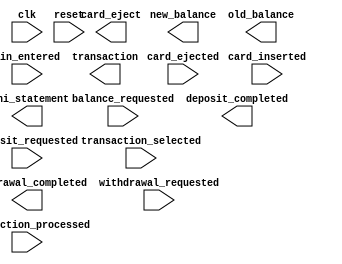
// Copyright (C) 2018  Intel Corporation. All rights reserved.
// Your use of Intel Corporation's design tools, logic functions 
// and other software and tools, and its AMPP partner logic 
// functions, and any output files from any of the foregoing 
// (including device programming or simulation files), and any 
// associated documentation or information are expressly subject 
// to the terms and conditions of the Intel Program License 
// Subscription Agreement, the Intel Quartus Prime License Agreement,
// the Intel FPGA IP License Agreement, or other applicable license
// agreement, including, without limitation, that your use is for
// the sole purpose of programming logic devices manufactured by
// Intel and sold by Intel or its authorized distributors.  Please
// refer to the applicable agreement for further details.

module ATM_Controller
(
// {ALTERA_ARGS_BEGIN} DO NOT REMOVE THIS LINE!

	balance_requested,
	card_eject,
	card_ejected,
	card_inserted,
	clk,
	deposit_completed,
	deposit_requested,
	mini_statement,
	new_balance,
	old_balance,
	pin_entered,
	reset,
	transaction,
	transaction_processed,
	transaction_selected,
	withdrawal_completed,
	withdrawal_requested
// {ALTERA_ARGS_END} DO NOT REMOVE THIS LINE!

);

// {ALTERA_IO_BEGIN} DO NOT REMOVE THIS LINE!
input			balance_requested;
output			card_eject;
input			card_ejected;
input			card_inserted;
input			clk;
output			deposit_completed;
input			deposit_requested;
output	[15:0]	mini_statement;
output	[15:0]	new_balance;
output	[15:0]	old_balance;
input			pin_entered;
input			reset;
output	[3:0]	transaction;
input			transaction_processed;
input			transaction_selected;
output			withdrawal_completed;
input			withdrawal_requested;

// {ALTERA_IO_END} DO NOT REMOVE THIS LINE!
// {ALTERA_MODULE_BEGIN} DO NOT REMOVE THIS LINE!
// {ALTERA_MODULE_END} DO NOT REMOVE THIS LINE!
endmodule